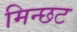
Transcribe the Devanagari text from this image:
मिन्छट